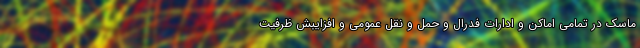
ماسک در تمامی اماکن و ادارات فدرال و حمل و نقل عمومی و افزایبش ظرفیت